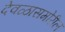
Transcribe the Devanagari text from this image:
देवळासमोरील